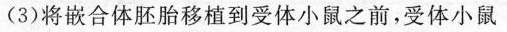
(3)将嵌合体胚胎移植到受体小鼠之前，受体小鼠